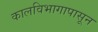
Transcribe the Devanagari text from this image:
कालविभागापासून